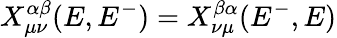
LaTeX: X_{\mu\nu}^{\alpha\beta}(E,E^{-})=X_{\nu\mu}^{\beta\alpha}(E^{-},E)